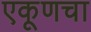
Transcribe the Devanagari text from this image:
एकूणचा